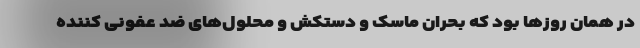
در همان روزها بود که بحران ماسک و دستکش و محلول‌های ضد عفونی کننده